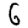
Digit: 6